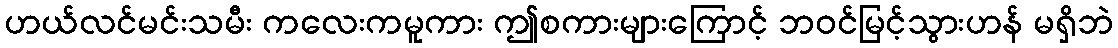
ဟယ်လင်မင်းသမီး ကလေးကမူကား ဤစကားများကြောင့် ဘဝင်မြင့်သွားဟန် မရှိဘဲ